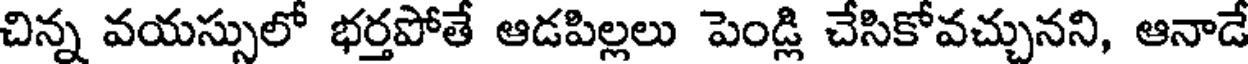
చిన్న వయస్సులో భర్తపోతే ఆడపిల్లలు పెండ్లి చేసికోవచ్చునని, ఆనాడే